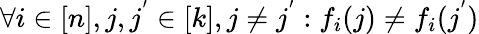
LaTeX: \forall i\in[n],j,j^{'}\in[k],j\neq j^{'}:f_{i}(j)\neq f_{i}(j^{'})